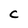
Character: C